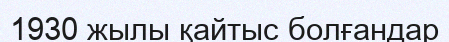
1930 жылы қайтыс болғандар